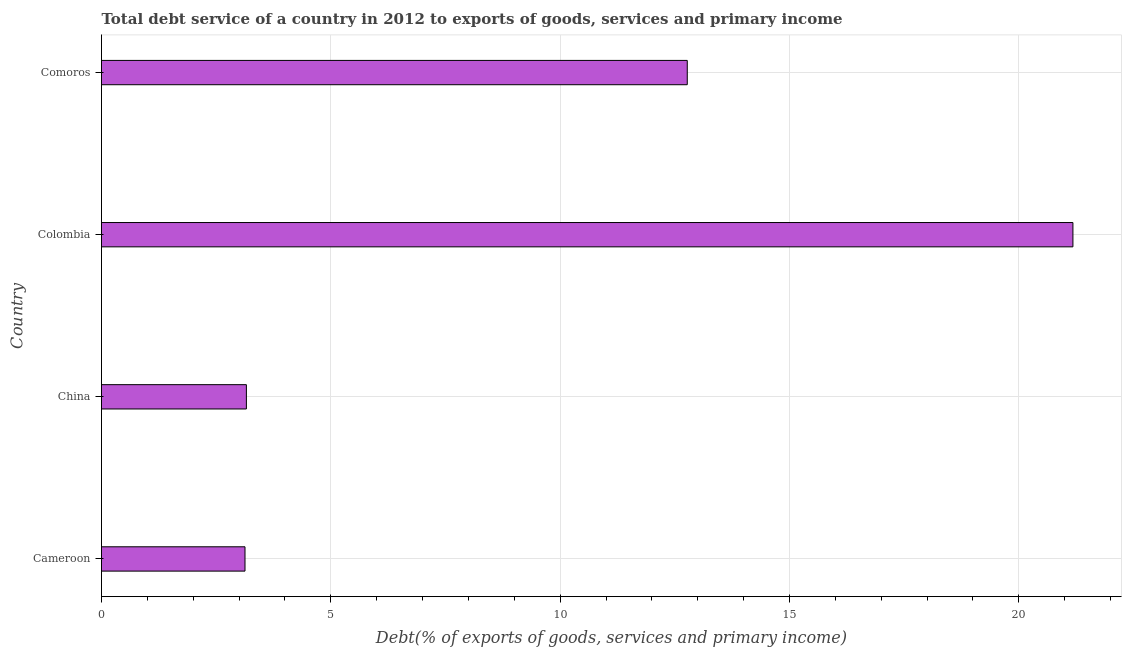
| Country | Total debt service |
 | --- | --- |
 | Cameroon | 3.13 |
 | China | 3.16 |
 | Colombia | 21.2 |
 | Comoros | 12.8 |